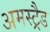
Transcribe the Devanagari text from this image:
अमस्ट्रैड